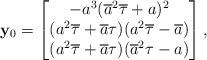
LaTeX: \begin{align*} {\bf y}_0 = \left[\begin{matrix} -a^3(\overline{a}^2\overline{\tau}+a)^2 \\ (a^2\overline{\tau}+\overline{a}\tau) (a^2\overline{\tau}-\overline{a}) \\ (a^2\overline{\tau}+\overline{a}\tau) (\overline{a}^2\tau-a) \end{matrix}\right],\end{align*}